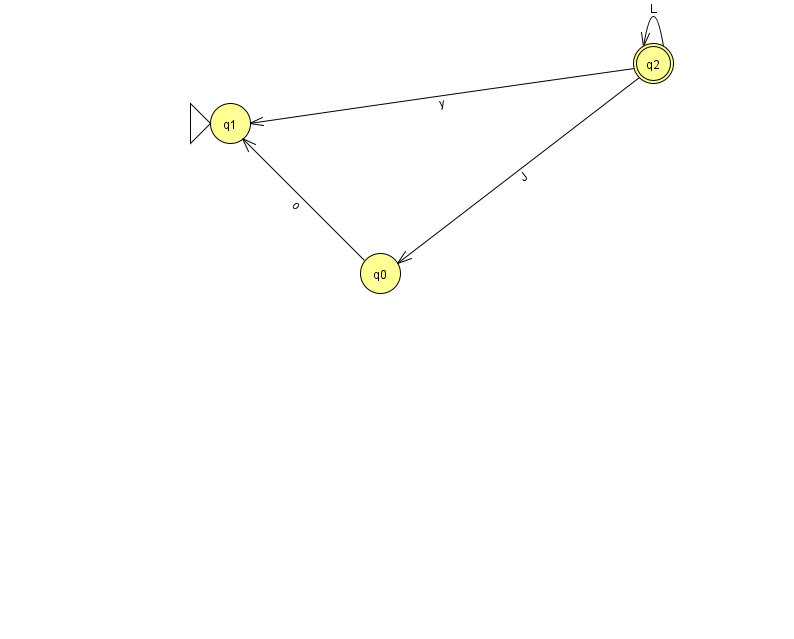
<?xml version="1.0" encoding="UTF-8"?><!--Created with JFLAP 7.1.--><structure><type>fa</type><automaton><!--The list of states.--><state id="0" name="q0"><x>380.0</x><y>260.0</y></state><state id="1" name="q1"><x>230.0</x><y>110.0</y><initial/></state><state id="2" name="q2"><x>653.0</x><y>50.0</y><final/></state><!--The list of transitions.--><transition><from>0</from><to>1</to><read>o</read></transition><transition><from>2</from><to>1</to><read>y</read></transition><transition><from>2</from><to>0</to><read>J</read></transition><transition><from>2</from><to>2</to><read>L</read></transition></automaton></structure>